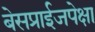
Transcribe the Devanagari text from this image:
बेसप्राईजपेक्षा